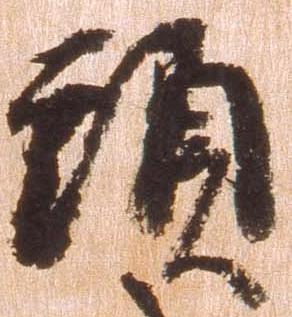
頭